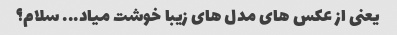
یعنی از عکس های مدل های زیبا خوشت میاد... سلام؟